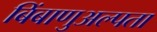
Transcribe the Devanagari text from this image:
बिंबाणुअल्पता